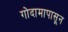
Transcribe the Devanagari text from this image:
गोदामापासून